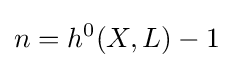
n=h^{0}(X,L)-1